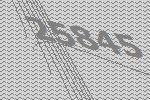
25845